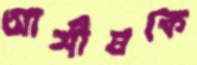
আশীষকে